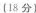
〔18分)